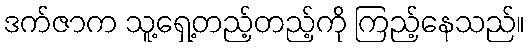
ဒက်ဇာက သူ့ရှေ့တည့်တည့်ကို ကြည့်နေသည်။